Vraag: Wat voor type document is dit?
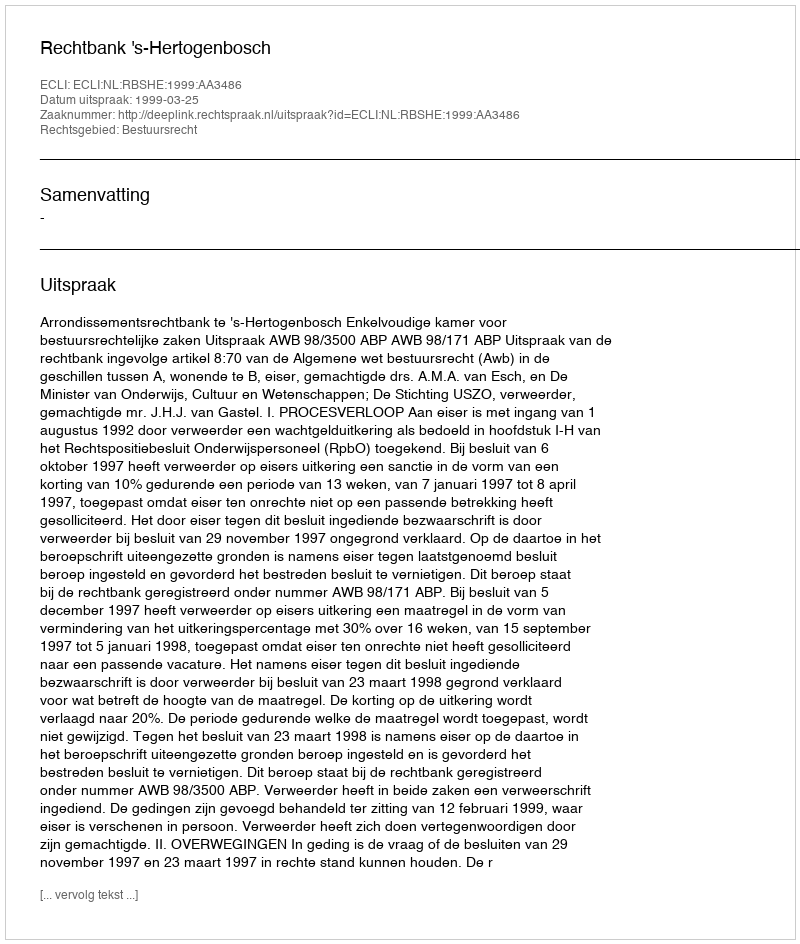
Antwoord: Uitspraak